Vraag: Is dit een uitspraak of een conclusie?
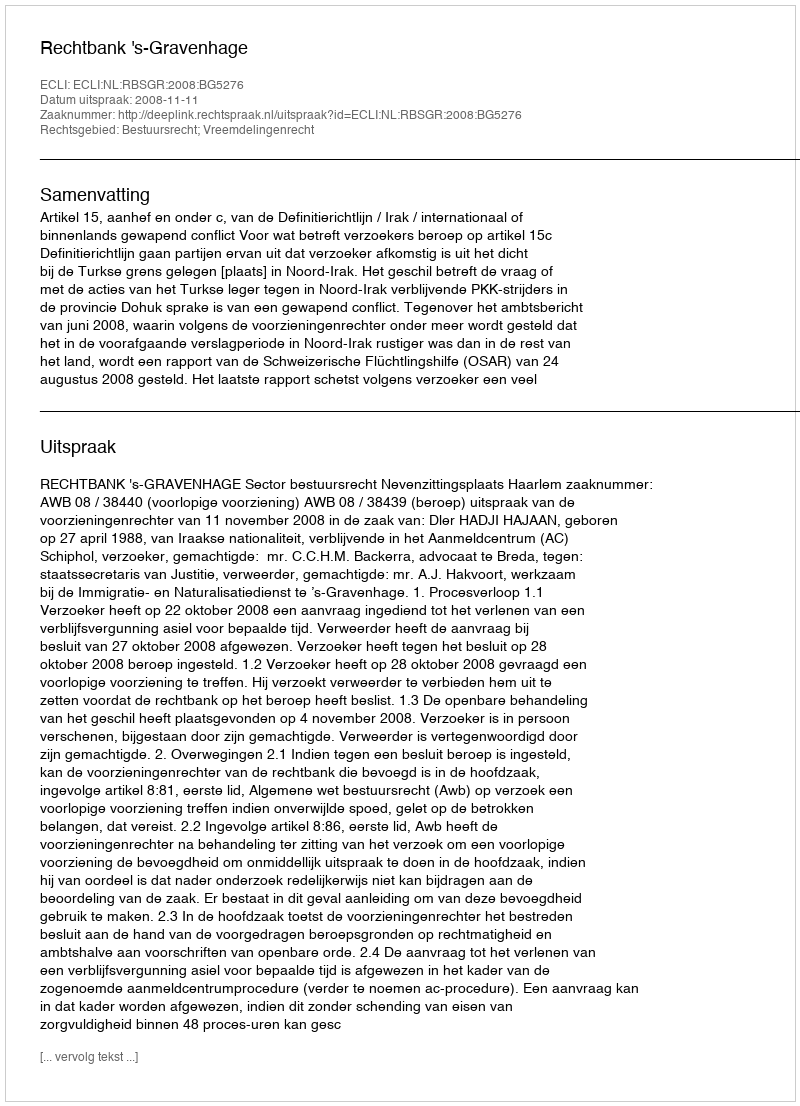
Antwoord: Uitspraak